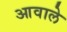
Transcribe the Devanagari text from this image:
आवाले